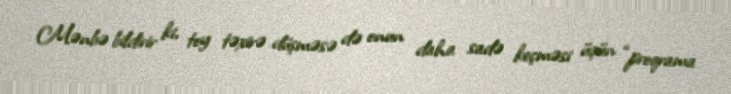
Mənbə bildirir ki, toy təxirə düşməsə də onun daha sadə keçməsi üçün “proqrama